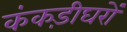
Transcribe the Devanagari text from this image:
कंकड़ीघरों